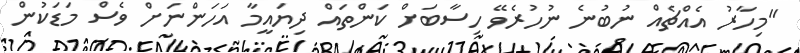
"މިހާރު އެއްޗެއް ނުބުނެ ނުހުރެވޭ ހިސާބަށް ކަންތައް ދިޔައީމާ އަހަންނަށް ވެސް މަޑަކުން